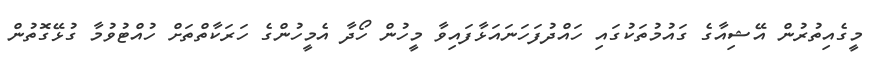
މީގެއިތުރުން އޭޝިއާގެ ގައުމުތަކުގައި ހައްދުފަހަނައަޅާފައިވާ މީހުން ހޯދާ އެމީހުންގެ ހަރަކާތްތަށް ހުއްޓުވުމާ ގުޅޭގޮތުން